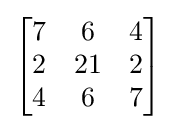
\left[{\begin{matrix}7&6&4\\2&21&2\\4&6&7\end{matrix}}\right]